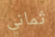
ثماني